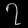
Digit: ၇